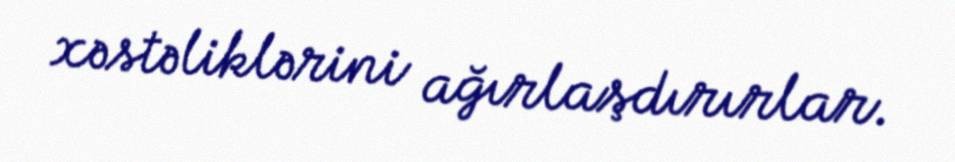
xəstəliklərini ağırlaşdırırlar.